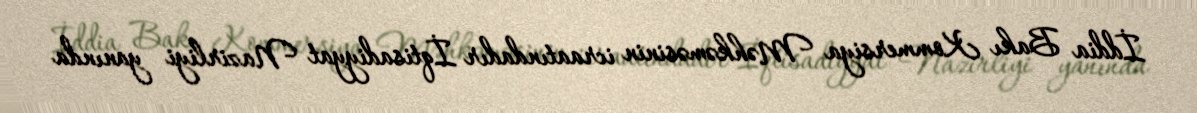
İddia Bakı Kommersiya Məhkəməsinin icraatındadır İqtisadiyyat Nazirliyi yanında